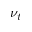
\nu _ { t }